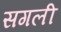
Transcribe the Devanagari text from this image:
सगली